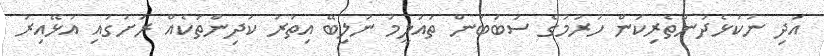
އަދި ނުކުޅެދުންތެރިކަން ހުރުމުގެ ސަބަބުން ތައުލީމު ނުލިބޭ އިތުރު ކުދިންތަކެއް ރަށުގައި އުޅޭއިރު